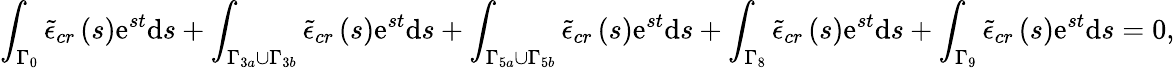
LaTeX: \int_{\Gamma_{0}}\tilde{\epsilon}_{cr}\left(s\right)\mathrm{e}^{st}\mathrm{d}s+\int_{\Gamma_{3a}\cup\Gamma_{3b}}\tilde{\epsilon}_{cr}\left(s\right)\mathrm{e}^{st}\mathrm{d}s+\int_{\Gamma_{5a}\cup\Gamma_{5b}}\tilde{\epsilon}_{cr}\left(s\right)\mathrm{e}^{st}\mathrm{d}s+\int_{\Gamma_{8}}\tilde{\epsilon}_{cr}\left(s\right)\mathrm{e}^{st}\mathrm{d}s+\int_{\Gamma_{9}}\tilde{\epsilon}_{cr}\left(s\right)\mathrm{e}^{st}\mathrm{d}s=0,